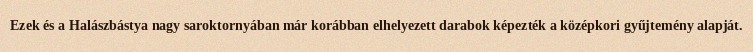
Ezek és a Halászbástya nagy saroktornyában már korábban elhelyezett darabok képezték a középkori gyűjtemény alapját.